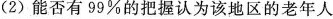
(2)能否有99%的把握认为该地区的老年人